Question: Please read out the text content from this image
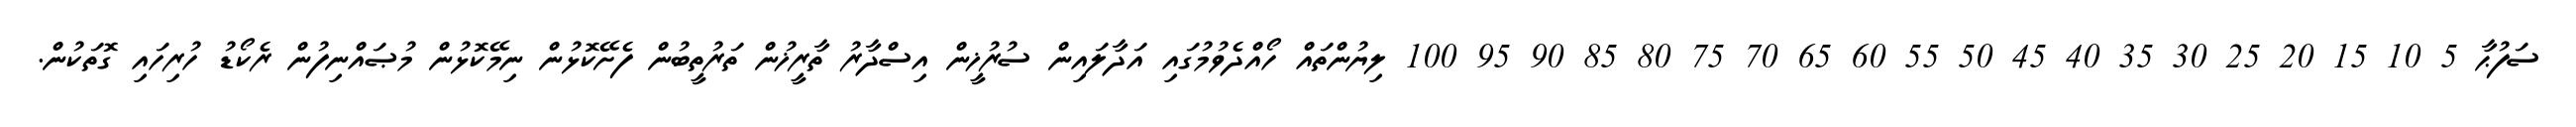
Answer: ސަފުޙާ 5 10 15 20 25 30 35 40 45 50 55 60 65 70 75 80 85 90 95 100 ލިޔުންތައް ހޯއްދެވުމުގައި އަދާލައިން ސުރުޚީން އިސްދާރު ތާރީޚުން ތަރުތީބުން ފެށޭކޮޅުން ނިމޭކޮޅުން މުޞައްނިފުން ރެކޯޑު ހުރިހައި ގޮތަކުން.